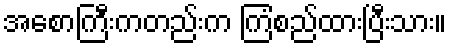
အစောကြီးကတည်းက ကြံစည်ထားပြီးသား။